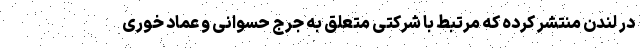
در لندن منتشر کرده که مرتبط با شرکتی متعلق به جرج حسوانی و عماد خوری